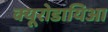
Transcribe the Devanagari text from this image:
क्यूरोडायिआ